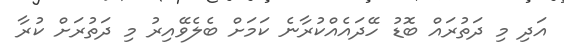
އަދި މި ދަތުރައް ބޮޑު ހޭދައެއްކުރާނެ ކަމަށް ބެލެވޭއިރު މި ދަތުރަށް ކުރާ